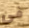
في